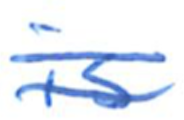
Text: is
Cross-out: double-line
Writing tool: ballpoint